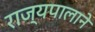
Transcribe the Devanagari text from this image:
राज्यपालाने